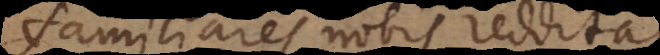
familiares nobis redditas.